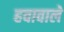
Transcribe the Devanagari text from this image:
हवावाले